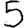
Digit: 5